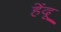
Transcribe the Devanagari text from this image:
हेंदू